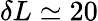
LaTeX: \delta L\simeq 20